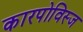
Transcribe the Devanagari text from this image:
कारपोविस्ज